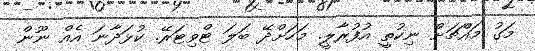
މަގު މައްޗަށް ނިކުތީ އުފުރާލީ. މަހަށްދޭ ބަލަ ޓްވިޓަރޭ. ކުޅަދާނަ އެއް ނޫން